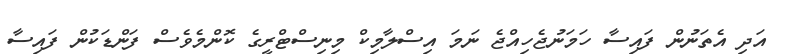
އަދި އެތަނުން ފައިސާ ހަމަނުޖެހިއްޖެ ނަމަ އިސްލާމިކް މިނިސްޓްރީގެ ކޮންމެވެސް ފަންޑަކުން ފައިސާ